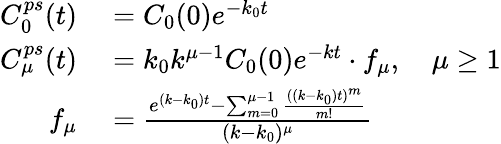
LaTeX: \begin{array}{rl}{C_{0}^{ps}(t)}&{{}=C_{0}(0)e^{-k_{0}t}}\\ {C_{\mu}^{ps}(t)}&{{}=k_{0}k^{\mu-1}C_{0}(0)e^{-kt}\cdot f_{\mu},\quad\mu\geq 1}\\ {f_{\mu}}&{{}=\frac{e^{(k-k_{0})t}-\sum_{m=0}^{\mu-1}\frac{((k-k_{0})t)^{m}}{m!}}{(k-k_{0})^{\mu}}}\end{array}